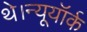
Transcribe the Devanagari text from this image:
थे।न्यूयॉर्क